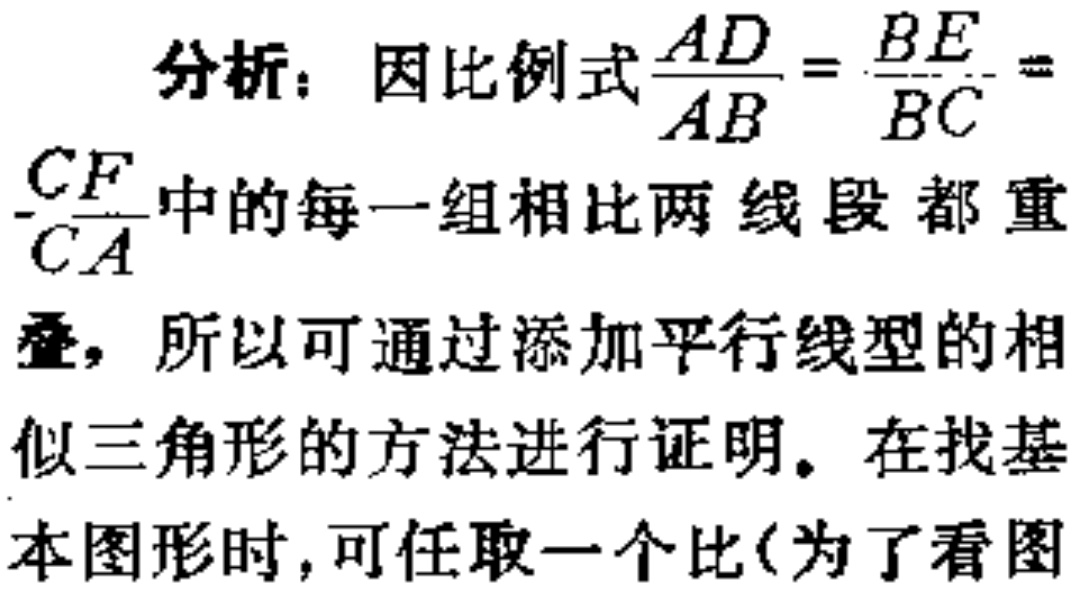
分析：因比例式$\frac{AD}{AB}=\frac{BE}{BC}=\frac{CF}{CA}$中的每一组相比两线段都重叠，所以可通过添加平行线型的相似三角形的方法进行证明。在找基本图形时，可任取一个比(为了看图